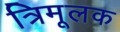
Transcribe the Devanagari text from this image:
त्रिमूलक